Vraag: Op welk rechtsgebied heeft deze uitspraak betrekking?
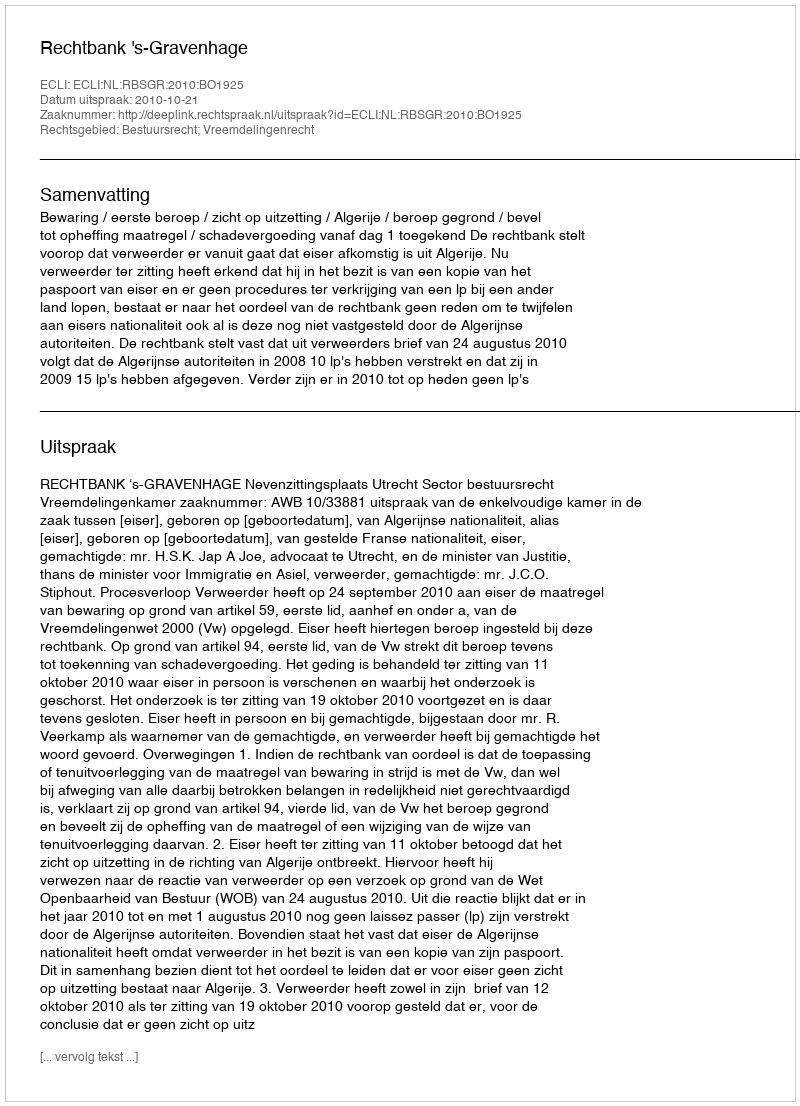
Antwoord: Bestuursrecht; Vreemdelingenrecht